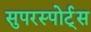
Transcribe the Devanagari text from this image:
सुपरस्पोर्ट्‌स